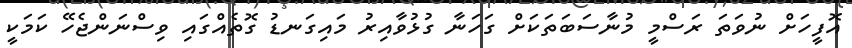
އޮފީހަށް ނުވަތަ ރަސްމީ މުނާސަބަތަކަށް ގަހަނާ ގުޅުވާއިރު މައިގަނޑު ގޮތެއްގައި ވިސްނަންޖެހޭ ކަމަކީ